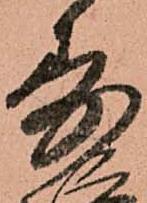
寿